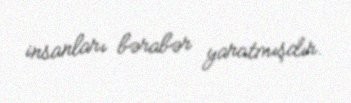
insanları bərabər yaratmışdır.